Leaving Certificate Examination, 1919, 1919
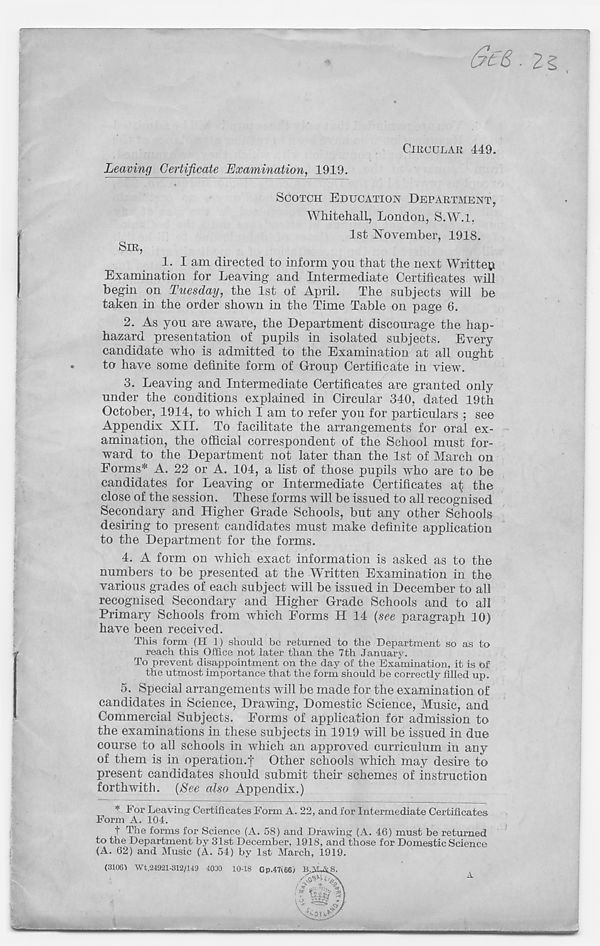
*
&t6. 2§
CIRCULAR 44.9.
Leaving Certificate Examination, 1919
SIR,
SCOTCH EDUCATION DEPARTMENT
Whitehall, London, S.W.l,
1st November, 1918.
1.
I am directe
Examination for Leaving and Intermediate Certificates will
begin on Tuesday, the 1st of April. The subjects will be
taken in the order shown in the Time Table on page 6.
2. As you are aware, the Department discourage the hap-
hazard presentation of pupils in isolated subjects. Every
candidate who is admitted to the Examination at all ought
to have some definite form of Group Certificate in view.
3. Leaving and Intermediate Certificates are granted only
under the conditions explained in Circular 340, dated 19th
October, 1914, to which I am to refer you for particulars ; see
Appendix XII. To facilitate the arrangements for oral ex-
amination, the official correspondent of the School must for-
ward to the Department not later than the 1st of March on
Forms* A. 22 or A. 104, a list of those pupils who are to be
candidates for Leaving or Intermediate Certificates at the
close of the session. These forms will be issued to all recognised
Secondary and Higher Grade Schools, but any other Schools
desiring to present candidates must make definite application
to the Department for the forms.
4. A form on which exact information is asked as to the
numbers to be presented at the Written Examination in the
various grades of each subject will be issued in December to all
recognised Secondary and Higher Grade Schools and to all
Primary Schools from which Forms H 14 {see paragraph 10)
have been received.
This form (H 1) should be returned to the Department so as to
reach this Office not later than the 7th January.
To prevent disappointment on the day of the Examination, it is of
the utmost importance that the form should be correctly filled up.
5. Special arrangements will be made for the examination of
candidates in Science, Drawing, Domestic Science, Music, and
Commercial Subjects. Forms of application for admission to
the examinations in these subjects in 1919 will be issued in due
course to all schools in which an approved curriculum in any
of them is in operation.! Other schools which may desire to
present candidates should submit their schemes of instruction
forthwith. {See also Appendix.)
* For Leaving Certificates Form A. 22, and for Intermediate Certificates
Form A. 104.
t The forms for Science (A. 58) and Drawing (A. 46) must be returned
to the Department by 31st December, 1918, and those for Domestic Science
(A. 62) and Music (A. 54) by 1st March, 1919.
(3106) Wt.24921-312/14 9 4000 10-18 Gp.47(66;
A